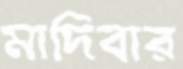
মাদিবার